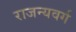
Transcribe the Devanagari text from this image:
राजन्यवर्ग